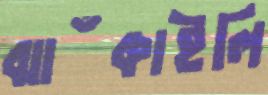
ঝাঁকাইলি